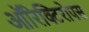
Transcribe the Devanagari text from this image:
ऑरिक्टिरोपस